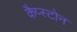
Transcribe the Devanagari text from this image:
कैप्स्टोन